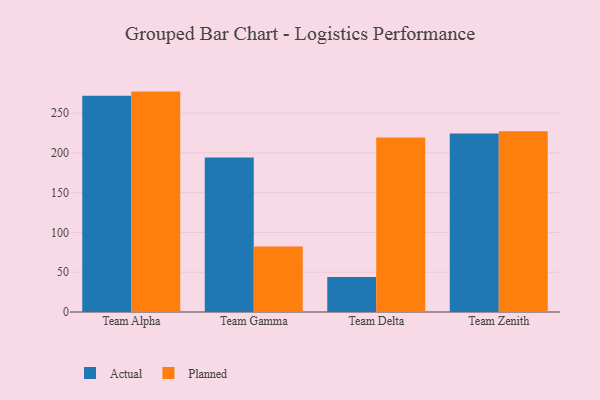
{"axis": {"x": "Team", "y": "Market Share (%)"}, "legend": ["Actual", "Planned"], "data": [{"x": "Team Alpha", "y": 271.8, "type": "Actual"}, {"x": "Team Alpha", "y": 277.1, "type": "Planned"}, {"x": "Team Gamma", "y": 194.4, "type": "Actual"}, {"x": "Team Gamma", "y": 82.4, "type": "Planned"}, {"x": "Team Delta", "y": 44.0, "type": "Actual"}, {"x": "Team Delta", "y": 219.5, "type": "Planned"}, {"x": "Team Zenith", "y": 224.4, "type": "Actual"}, {"x": "Team Zenith", "y": 227.1, "type": "Planned"}]}